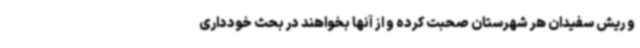
و ریش سفیدان هر شهرستان صحبت کرده و از آنها بخواهند در بحث خودداری